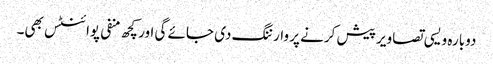
دوبارہ ویسی تصاویر پیش کرنے پر وارننگ دی جائے گی اور کچھ منفی پوائنٹس بھی۔